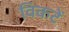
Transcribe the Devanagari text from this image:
विकटें